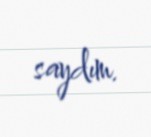
saydım.